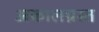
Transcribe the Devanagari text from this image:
अकालग्रस्त